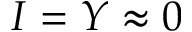
I = Y \approx 0